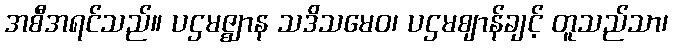
အစီအရင်သည်။ ပဌမဇ္ဈာန သဒိသမေဝ၊ ပဌမဈာန်ချင့် တူသည်သာ၊